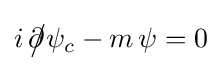
i\,{\partial \!\!\!{\big /}}\psi _{c}-m\,\psi =0